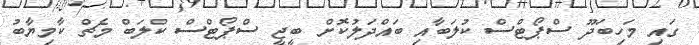
ގައި މަހިބަދޫ ސްޕޯޓްސް ކުލަބާއި ބައްދަލުކޮށް ބީޖީ ސްޕޯޓްސް ކްލަބް މެޗް ކާމިޔާބު